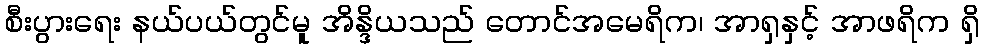
စီးပွားရေး နယ်ပယ်တွင်မူ အိန္ဒိယသည် တောင်အမေရိက၊ အာရှနှင့် အာဖရိက ရှိ